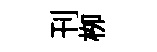
刊栁